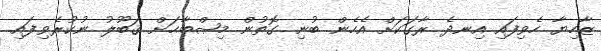
ޒާހިޔާ ހެވިފައި އިނދެ ރާގަކަށް އެހެން ބުނި ގޮތުން މިޞްބާޙަށް ޤަބޫލު ނުކުރެވިފައި